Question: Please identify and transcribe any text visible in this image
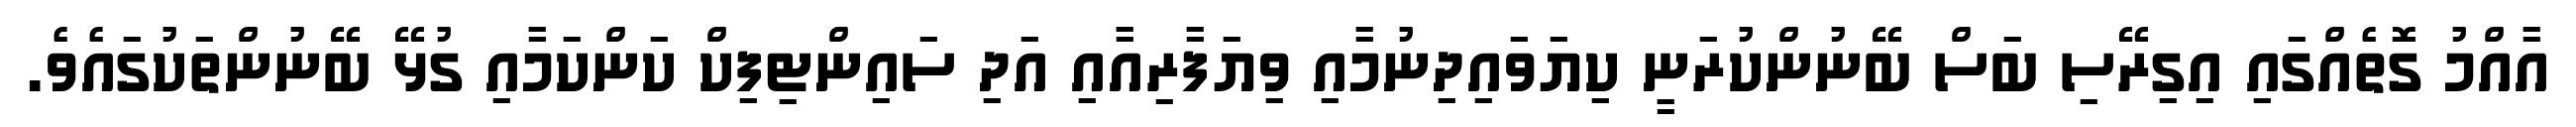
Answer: އާއްމު ގޮތެއްގައި އިގިރޭސި ބަސް ބޭނުންކުރަނީ ކިޔަވައިދިނުމާއި ވިޔަފާރިއާއި އަދި ސައިންޓިފިކް ކަންކަމާއި ގުޅޭ ބޭނުންތަކުގައެވެ.